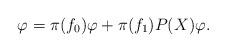
LaTeX: \begin{align*}\varphi = \pi(f_0)\varphi+ \pi(f_1) P(X) \varphi.\end{align*}